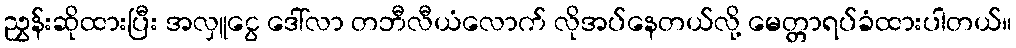
ညွှန်းဆိုထားပြီး အလှူငွေ ဒေါ်လာ တဘီလီယံလောက် လိုအပ်နေတယ်လို့ မေတ္တာရပ်ခံထားပါတယ်။